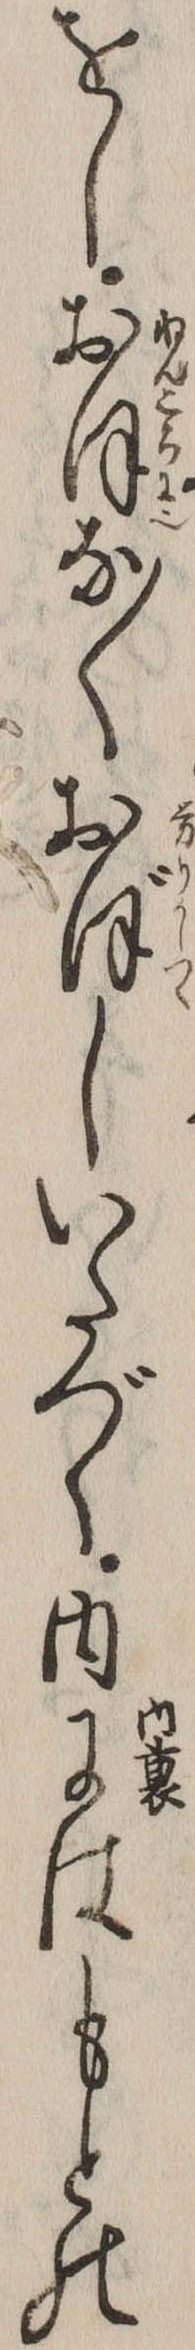
をしおほな〱おぼしいたづく内にはもとの